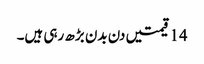
14 قیمتیں دن بدن بڑھ رہی ہیں۔